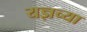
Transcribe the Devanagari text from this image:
यज्ञच्या